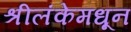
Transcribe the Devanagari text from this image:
श्रीलंकेमधून